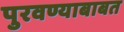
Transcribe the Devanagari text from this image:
पुरवण्याबाबत